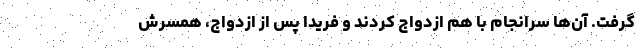
گرفت. آن‌ها سرانجام با هم ازدواج کردند و فریدا پس از ازدواج، همسرش